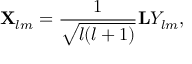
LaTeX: { \bf X } _ { l m } = { \frac { 1 } { \sqrt { l ( l + 1 ) } } } { \bf L } Y _ { l m } ,